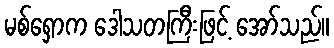
မစ်ရှောက ဒေါသတကြီးဖြင့် အော်သည်။